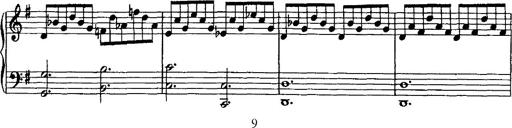
Title: Rondo di bravura
Composer: Franz Liszt